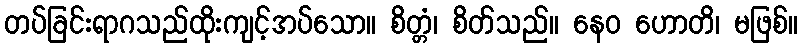
တပ်ခြင်းရာဂသည်ထိုးကျင့်အပ်သော။ စိတ္တံ၊ စိတ်သည်။ နေဝ ဟောတိ၊ မဖြစ်။